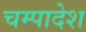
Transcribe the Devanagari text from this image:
चम्पादेश